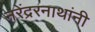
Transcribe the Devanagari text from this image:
नरेंद्ररनाथांनी